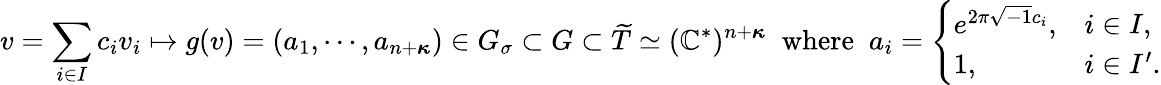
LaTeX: v=\sum_{i\in I}c_{i}v_{i}\mapsto g(v)=(a_{1},\cdots,a_{n+{\boldsymbol{\kappa}}})\in G_{\sigma}\subset G\subset\widetilde{T}\simeq(\mathbb{C}^{*})^{n+{\boldsymbol{\kappa}}}\; \mathrm{~where~}\; a_{i}=\left\{ \begin{array}{ll}{e^{2\pi\sqrt{-1}c_{i}},}&{i\in I,}\\ {1,}&{i\in I^{\prime}.}\end{array}\right.